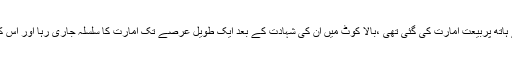
سید احمد شہید کے ہاتھ پربیعت امارت کی گئی تھی ،بالا کوٹ میں ان کی شہادت کے بعد ایک طویل عرصے تک امارت کا سلسلہ جاری رہا اور اس کے بعد منقطع ہوا ۔